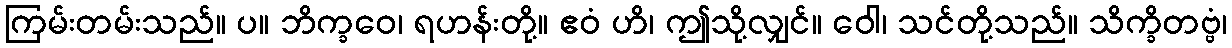
ကြမ်းတမ်းသည်။ ပ။ ဘိက္ခဝေ၊ ရဟန်းတို့။ ဧဝံ ဟိ၊ ဤသို့လျှင်။ ဝေါ၊ သင်တို့သည်။ သိက္ခိတဗ္ဗံ၊